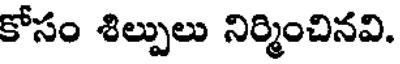
కోసం శిల్పులు నిర్మించినవి.